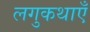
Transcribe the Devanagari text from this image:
लगुकथाएँ